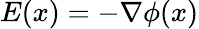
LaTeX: E(x)=-\nabla\phi(x)